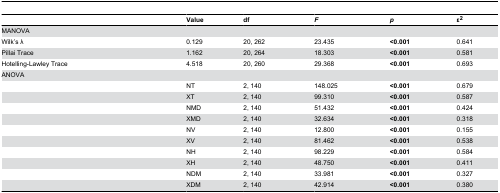
<table><thead><tr><td></td><td><b>Value</b></td><td><b>df</b></td><td><b><i>F</i></b></td><td><b><i>p</i></b></td><td><b>ε<sup>2</sup></b></td></tr></thead><tbody><tr><td>MANOVA</td><td></td><td></td><td></td><td></td><td></td></tr><tr><td>Wilk’s λ</td><td>0.129</td><td>20, 262</td><td>23.435</td><td><b>&lt;0.001</b></td><td>0.641</td></tr><tr><td>Pillai Trace</td><td>1.162</td><td>20, 264</td><td>18.303</td><td><b>&lt;0.001</b></td><td>0.581</td></tr><tr><td>Hotelling-Lawley Trace</td><td>4.518</td><td>20, 260</td><td>29.368</td><td><b>&lt;0.001</b></td><td>0.693</td></tr><tr><td>ANOVA</td><td></td><td></td><td></td><td></td><td></td></tr><tr><td></td><td>NT</td><td>2, 140</td><td>148.025</td><td><b>&lt;0.001</b></td><td>0.679</td></tr><tr><td></td><td>XT</td><td>2, 140</td><td>99.310</td><td><b>&lt;0.001</b></td><td>0.587</td></tr><tr><td></td><td>NMD</td><td>2, 140</td><td>51.432</td><td><b>&lt;0.001</b></td><td>0.424</td></tr><tr><td></td><td>XMD</td><td>2, 140</td><td>32.634</td><td><b>&lt;0.001</b></td><td>0.318</td></tr><tr><td></td><td>NV</td><td>2, 140</td><td>12.800</td><td><b>&lt;0.001</b></td><td>0.155</td></tr><tr><td></td><td>XV</td><td>2, 140</td><td>81.462</td><td><b>&lt;0.001</b></td><td>0.538</td></tr><tr><td></td><td>NH</td><td>2, 140</td><td>98.229</td><td><b>&lt;0.001</b></td><td>0.584</td></tr><tr><td></td><td>XH</td><td>2, 140</td><td>48.750</td><td><b>&lt;0.001</b></td><td>0.411</td></tr><tr><td></td><td>NDM</td><td>2, 140</td><td>33.981</td><td><b>&lt;0.001</b></td><td>0.327</td></tr><tr><td></td><td>XDM</td><td>2, 140</td><td>42.914</td><td><b>&lt;0.001</b></td><td>0.380</td></tr></tbody></table>